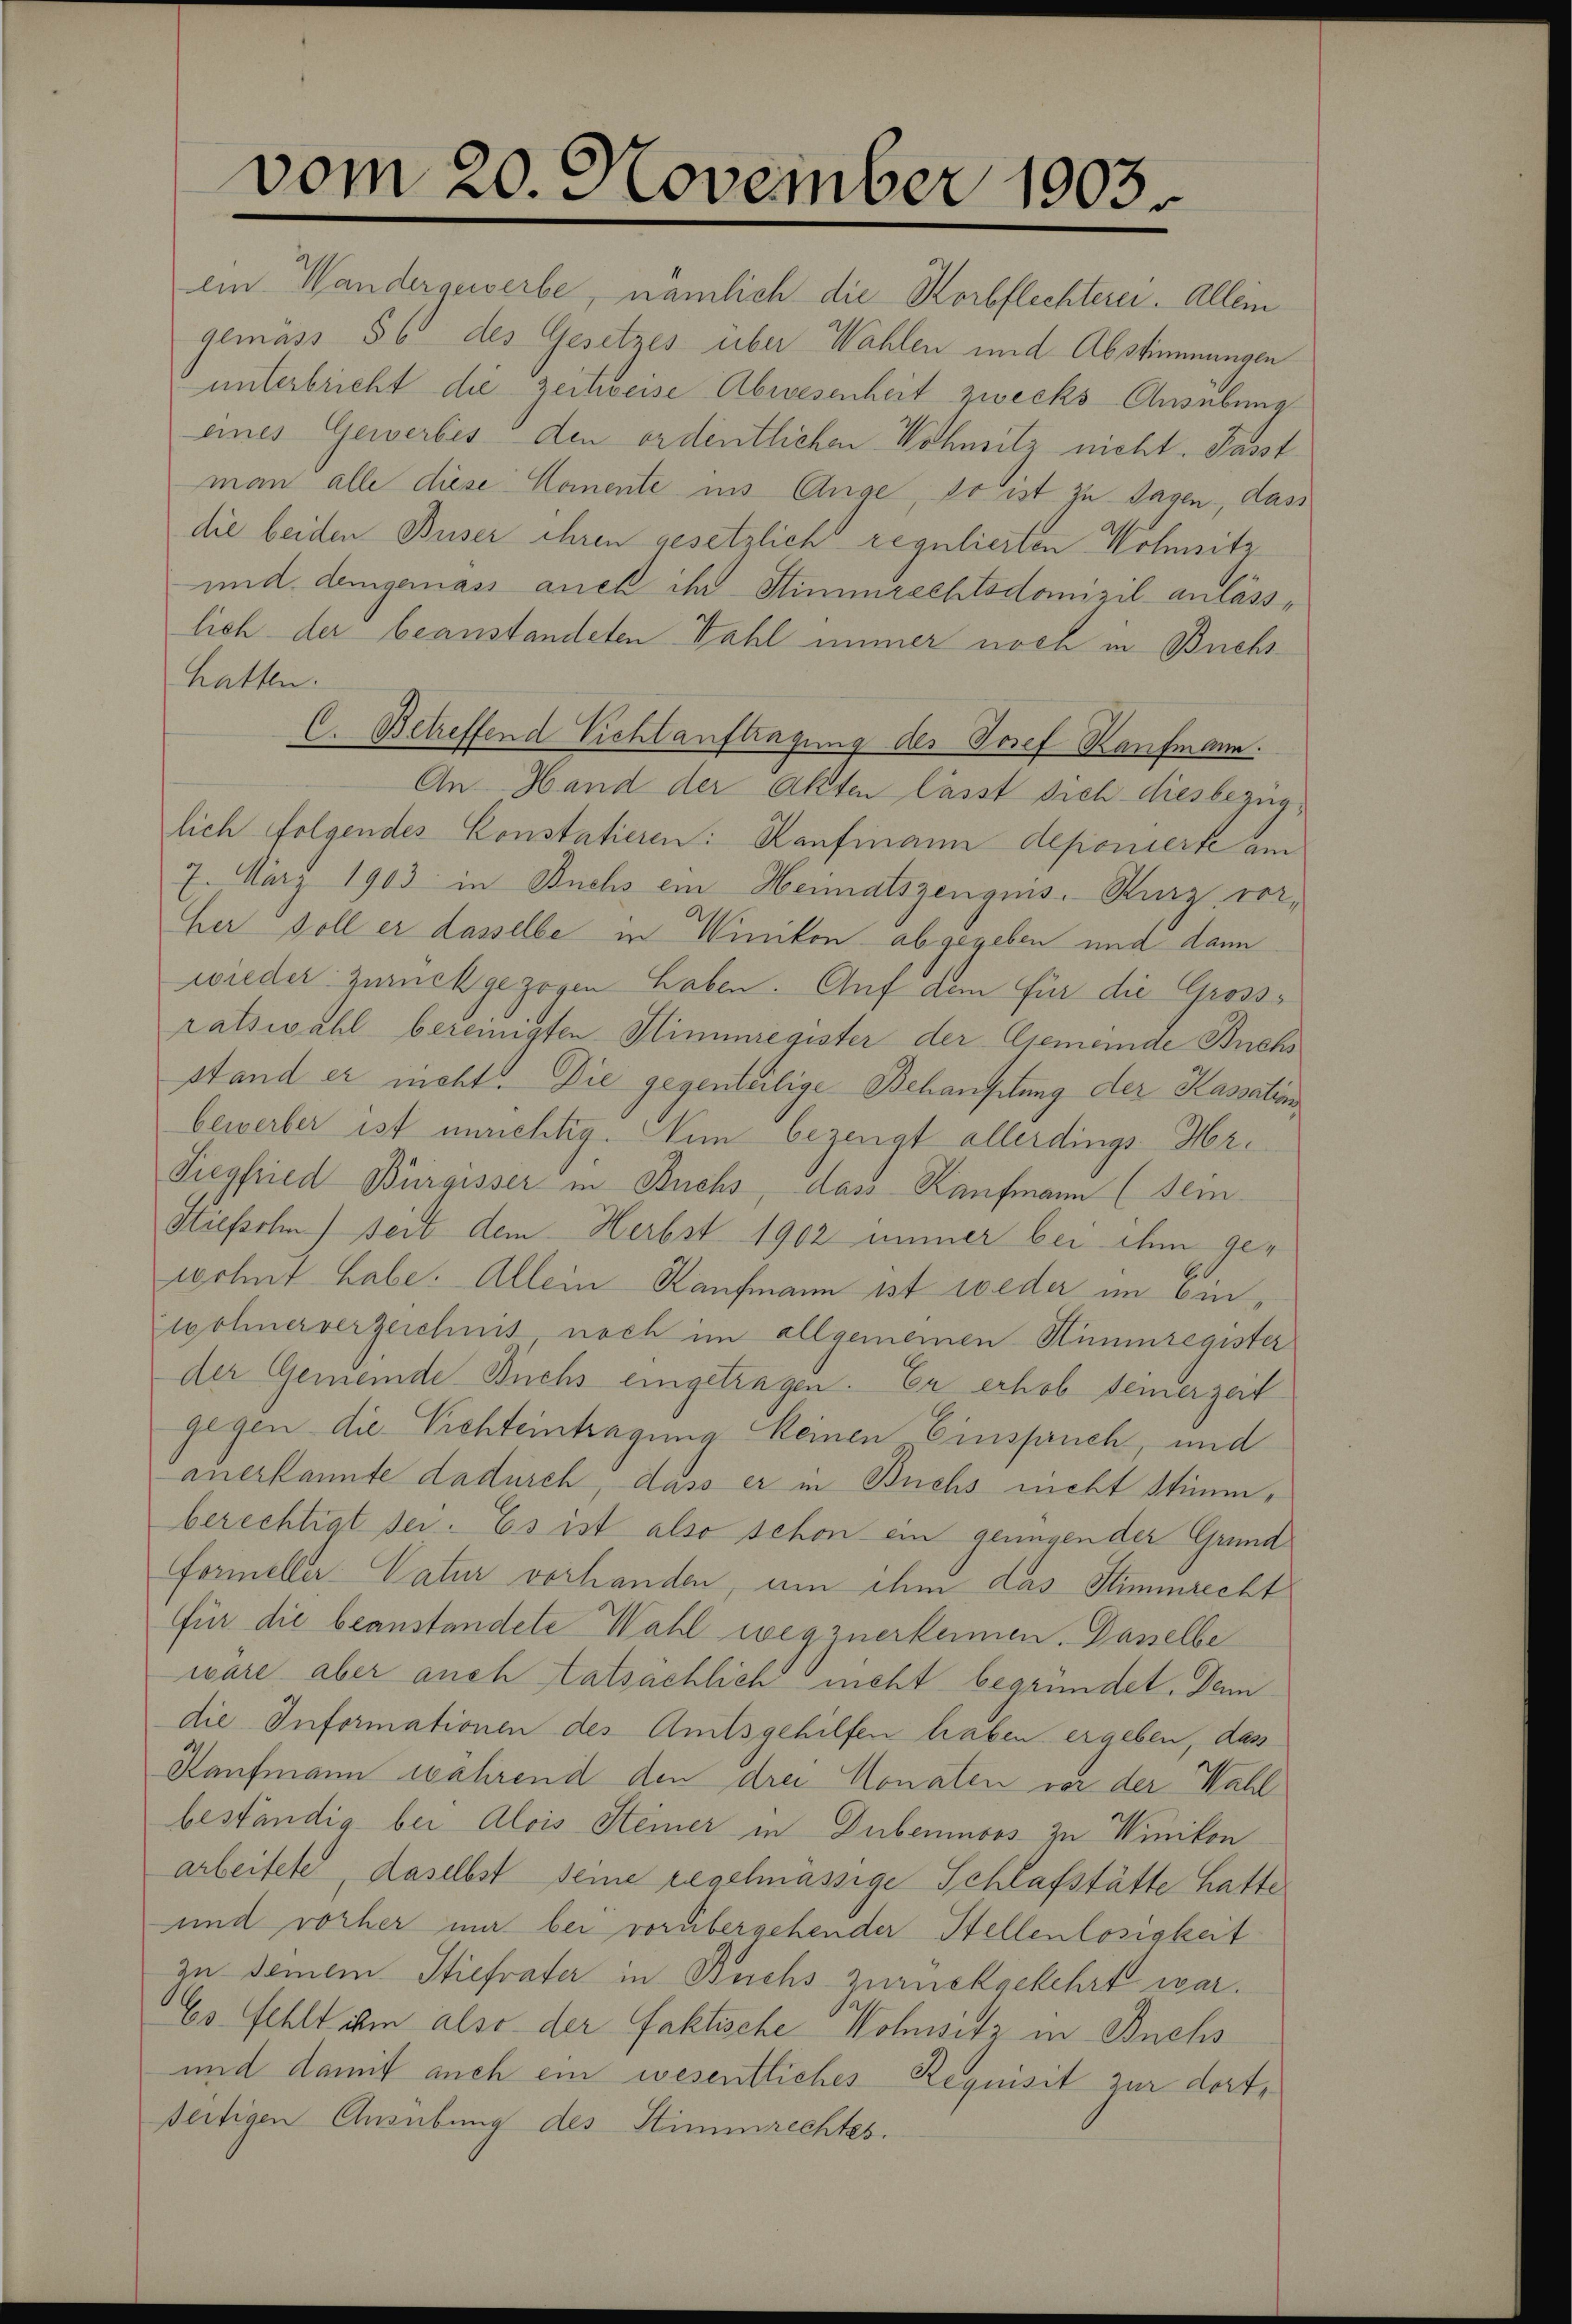
vom 20. November 1903.

ein Wandergewerbe, nämlich die Korbflechterei. Allein
gemäss 56 des Gesetzes über Wahlen und Abstimmungen
 unterbricht die Zeitweise Abwesenheit zwecks Ausübung
eines Gewerbes den ordentlichen Wohnitz nicht. Passt
man alle diese Comente ins Auge, so ist zu sagen, dass
die beiden Buser ihren gesetzlich regulierten Wohnsitz
und demgemäss auch ihr Stimmrechtsdomizil anlässlich der beanstandeten Wahl immer noch in Buchshatten.
C. Betreffend Vichlauftragung der Josef Kaufmann.
An Hand der Akten lässt sich diesbezüglich folgendes Konstatieren: Kaufmann deponierte am
7. März 1903 in Buchs ein Heimatszeugnis. Kurz vorher soll er dasselbe in Winikon abgegeben und dann
wieder zurückgezogen haben. Auf dem für die Gross-
ratswahl bereinigten Himmregister der Gemeinde Buchs
stand er nicht. Die gegenteilige Behansitung der Kassation
bewerber ist unrichtig. Nun bezeugt allerdings-Hr¬
Tiegfried Bürgisser in Buchs, dass Kaufmann (sei
Stiefsohn seit dem Herbst 1902 immer bei ihm gewohnt habe. Allein Kaufmann ist weder im binwohnerverzeichnis noch im allgemeinen Himmregister
der Gemeinde Buchs eingetragen. Er erhob seinerzeit
gegen die Prehteintragung keinen Einspruch, und
anerkannte dadurch, dass er in Buchs nicht Stimmberechtigt sei. Es ist also schon ein genügen der Grund
Formeller-Natur vorhanden, um ihm das Stimmrecht
für die beanstandete Wahl wegzuerkennen. Dasselbe
wäre, aber auch Statsächlich nicht begründet. Dem
die Informationen des Amtsgehilfen haben ergeben, das
Kaufmann während den drei Monaten vor der Wahl
beständig bei Alois Steiner in Dubemnoos zu Winikon
arbeitete, daselbst seine regelmässige Schlafstätte hatte
und vorher mir bei vorübergehender Stellenlosigkeit
zu seinem Stiefvater in Buchs zurückgekehrt war.
Es fehlt ihm also der faktische Wohnsitz in Buchs
und damit auch ein wesentliches Requisit zur dorti
ßeitigen Ausübung des Stimmrechtes.